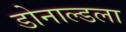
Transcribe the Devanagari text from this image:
डोनाल्डला